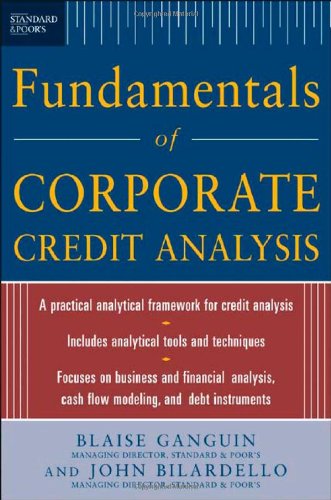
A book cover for Standard & Poor's Fundamentals of Corporate Credit Analysis; Blaise Ganguin; Business & Money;